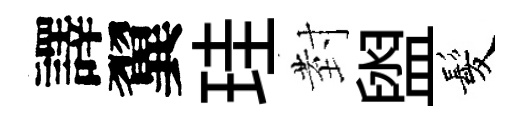
譯翼珪𭔹盥髪